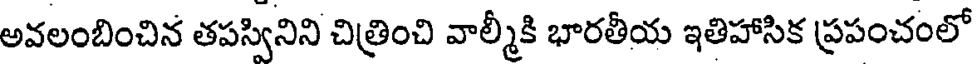
అవలంబించిన తపస్వినిని చిత్రించి వాల్మీకి భారతీయ ఇతిహాసిక ప్రపంచంలో